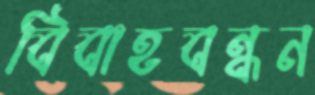
বিবাহবন্ধন